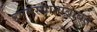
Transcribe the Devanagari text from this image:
उगमस्थानाबाबत